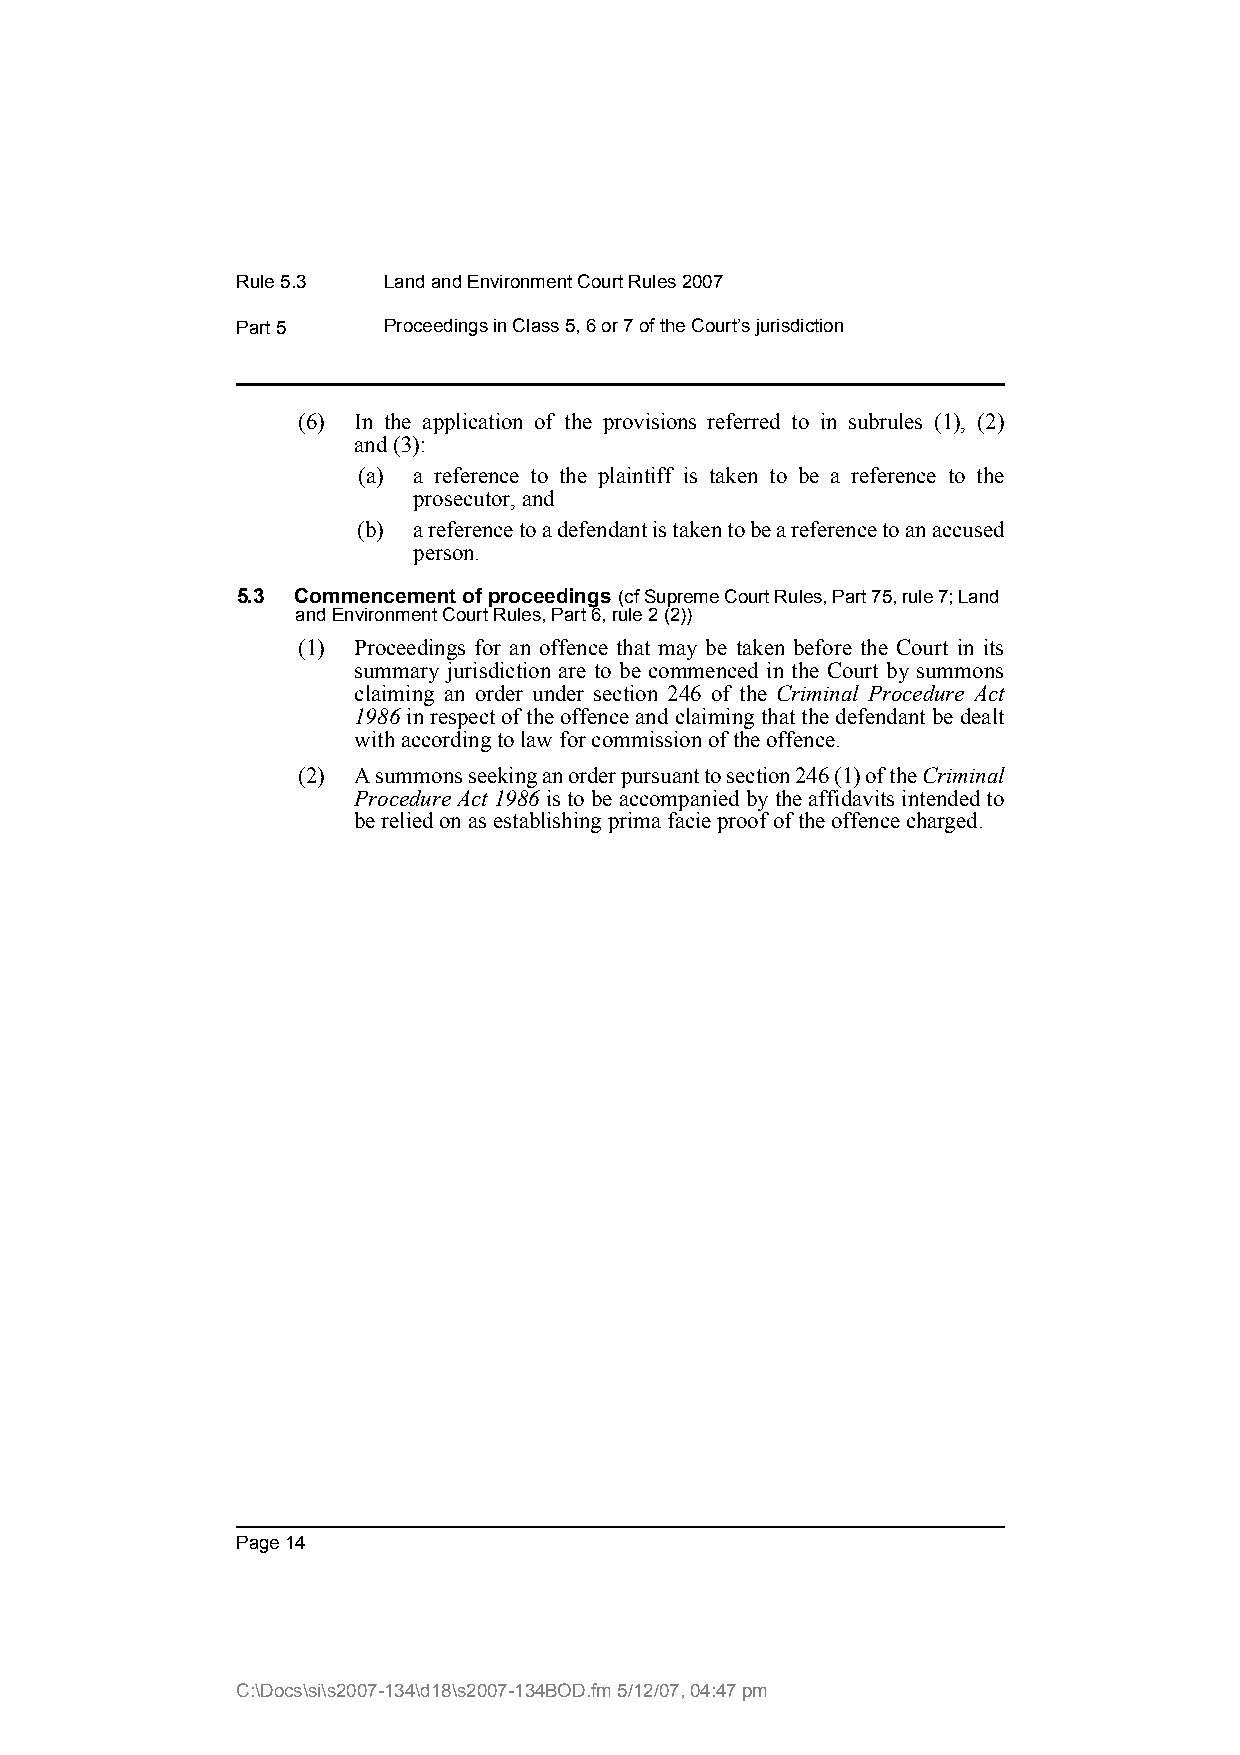
Rule 5.3 Land and Environment Court Rules 2007
 Part 5   Proceedings in Class 5, 6 or 7 of the Court’s jurisdiction
 (6) In the application of the provisions referred to in subrules (1), (2)
 and(3):
 (a) a reference to the plaintiff is taken to be a reference to the
 prosecutor, and
 (b) a reference to a defendant is taken to be a reference to an accused
 person.
 5.3 Commencement of proceedings (cf Supreme Court Rules, Part 75, rule 7; Land
 and Environment Court Rules, Part 6, rule 2 (2))
 (1) Proceedings for an offence that may be taken before the Court in its
 summary jurisdiction are to be commenced in the Court by summons
 claiming an order under section 246 of the Criminal Procedure Act
 1986 in respect of the offence and claiming that the defendant be dealt
 with according to law for commission of the offence.
 (2) A summons seeking an order pursuant to section 246 (1) of the Criminal
 Procedure Act 1986 is to be accompanied by the affidavits intended to
 be relied on as establishing prima facie proof of the offence charged.
 Page 14
 C:\Docs\si\s2007-134\d18\s2007-134BOD.fm 5/12/07, 04:47 pm